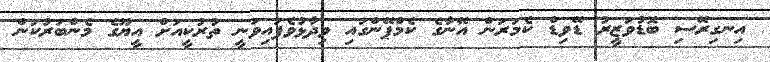
އިނގިރޭސި ބޮޑުވަޒީރު ޑޭވިޑް ކެމަރަން އޭނާގެ ކެމްޕޭންގައި ވިދާޅުވެފައިވަނީ ތުރުކީއަށް އީޔޫގެ މެންބަރުކަން